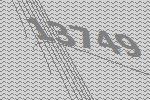
13749